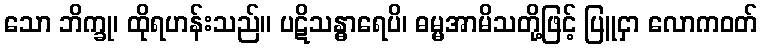
သော ဘိက္ခု၊ ထိုရဟန်းသည်။ ပဋိသန္ဓာရေပိ၊ ဓမ္မအာမိသတို့ဖြင့် ပြူငှာ လောကဝတ်